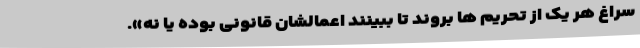
سراغ هر یک از تحریم ها بروند تا ببینند اعمالشان قانونی بوده یا نه».